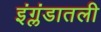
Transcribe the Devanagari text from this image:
इंग्लंडातली